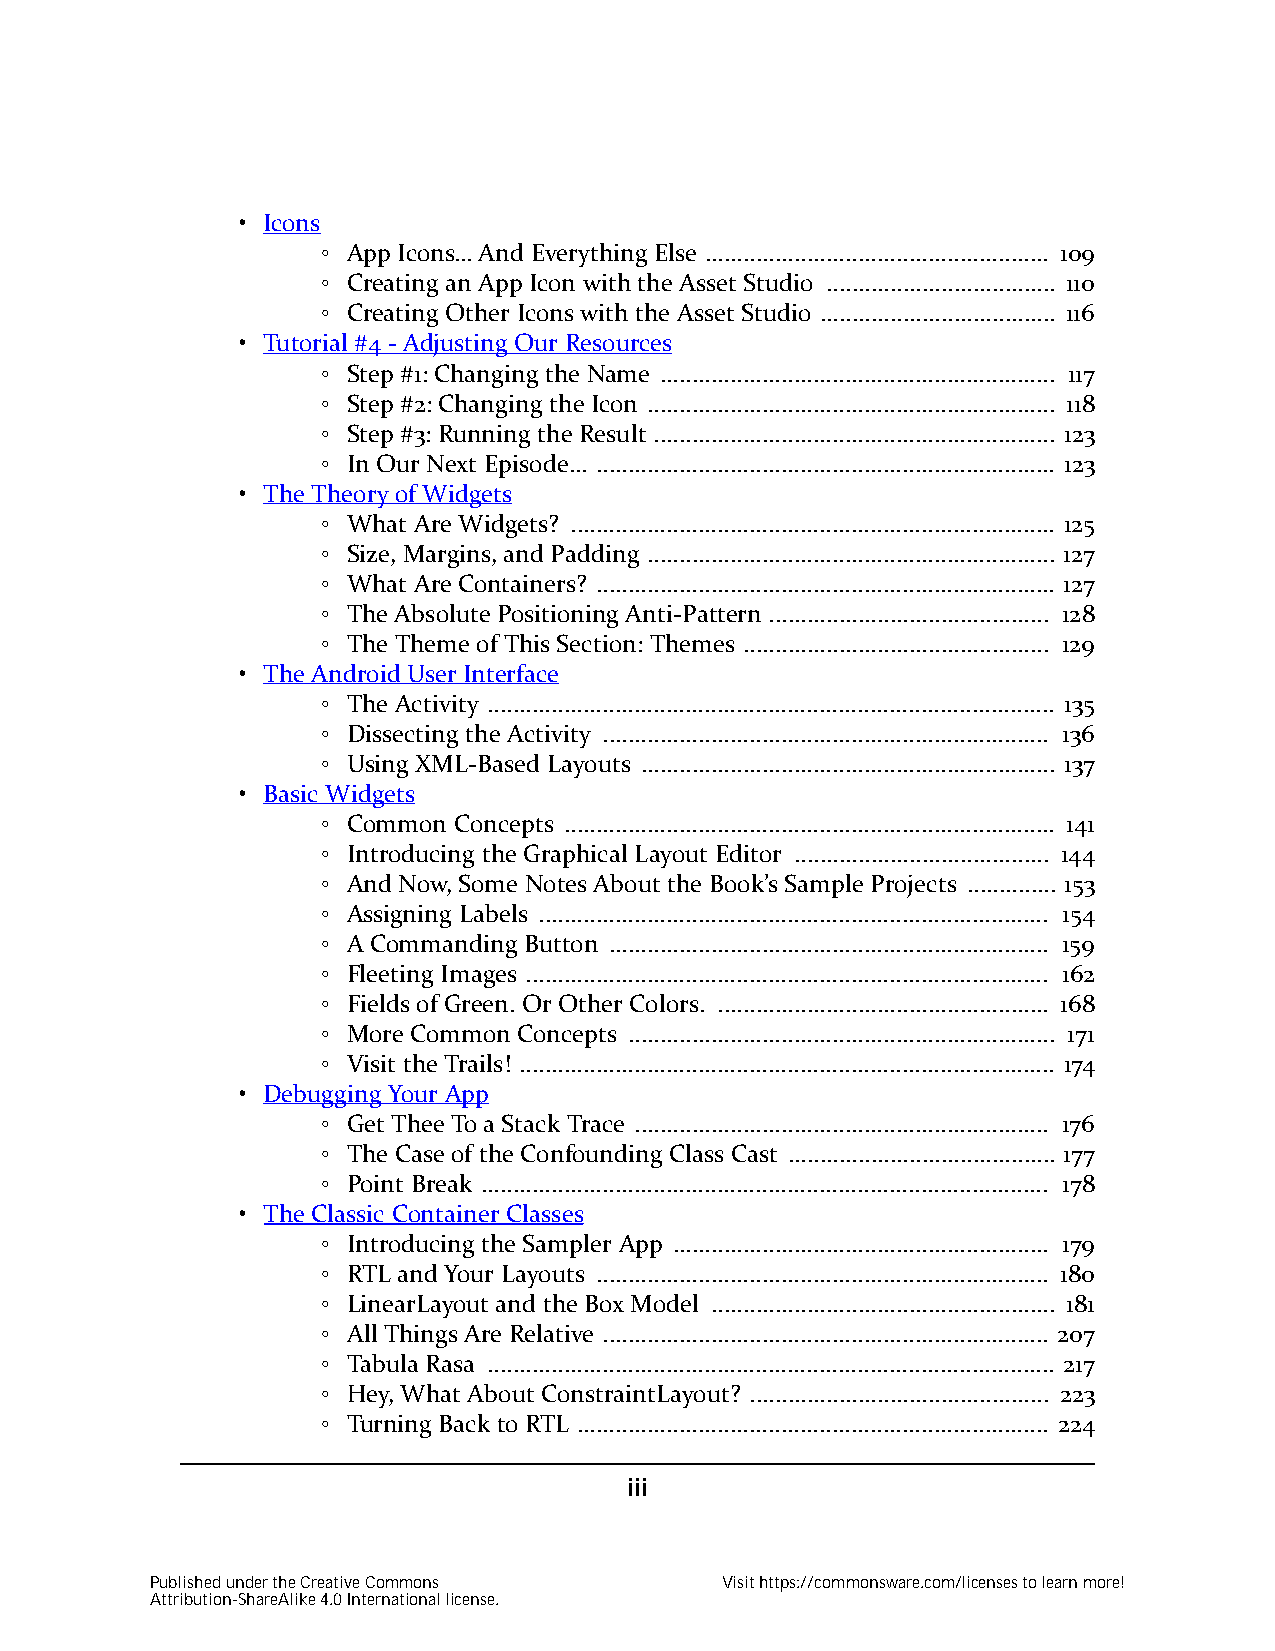
• Icons
 ◦ App Icons… And Everything Else ...................................................... 109
 ◦ Creating an App Icon with the Asset Studio .................................... 110
 ◦ Creating Other Icons with the Asset Studio ..................................... 116
 • Tutorial #4 - Adjusting Our Resources
 ◦ Step #1: Changing the Name .............................................................. 117
 ◦ Step #2: Changing the Icon ................................................................ 118
 ◦ Step #3: Running the Result ............................................................... 123
 ◦ In Our Next Episode… ........................................................................ 123
 • The Theory of Widgets
 ◦ What Are Widgets? ............................................................................ 125
 ◦ Size, Margins, and Padding ................................................................ 127
 ◦ What Are Containers? ........................................................................ 127
 ◦ The Absolute Positioning Anti-Pattern ............................................ 128
 ◦ The Theme of This Section: Themes ................................................ 129
 • The Android User Interface
 ◦ The Activity ......................................................................................... 135
 ◦ Dissecting the Activity ...................................................................... 136
 ◦ Using XML-Based Layouts ................................................................. 137
 • Basic Widgets
 ◦ Common Concepts ............................................................................. 141
 ◦ Introducing the Graphical Layout Editor ........................................ 144
 ◦ And Now, Some Notes About the Book’s Sample Projects .............. 153
 ◦ Assigning Labels ................................................................................ 154
 ◦ A Commanding Button ..................................................................... 159
 ◦ Fleeting Images .................................................................................. 162
 ◦ Fields of Green. Or Other Colors. .................................................... 168
 ◦ More Common Concepts ................................................................... 171
 ◦ Visit the Trails! .................................................................................... 174
 • Debugging Your App
 ◦ Get Thee To a Stack Trace ................................................................. 176
 ◦ The Case of the Confounding Class Cast .......................................... 177
 ◦ Point Break ......................................................................................... 178
 • The Classic Container Classes
 ◦ Introducing the Sampler App ........................................................... 179
 ◦ RTL and Your Layouts ....................................................................... 180
 ◦ LinearLayout and the Box Model ...................................................... 181
 ◦ All Things Are Relative ...................................................................... 207
 ◦ Tabula Rasa ......................................................................................... 217
 ◦ Hey, What About ConstraintLayout? ............................................... 223
 ◦ Turning Back to RTL .......................................................................... 224
 iii
 Published under the Creative Commons  Visit https://commonsware.com/licenses to learn more!
 Attribution-ShareAlike 4.0 International license.